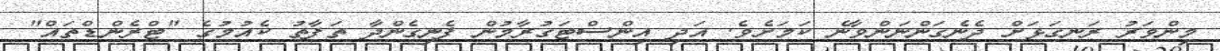
މިންވަރު ރަނގަޅަށް ދެނެގަންނަންވާނެ ކަމަށެވެ. އަދި އިންސްޓަގުރާމުން ފެނިގެންދާ ތަފާތު ކެއުމުގެ "ޓްރެންޑްތައް"